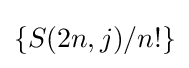
\left\{S(2n,j)/n!\right\}